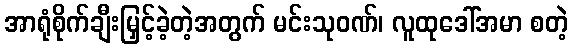
အာရုံစိုက်ချီးမြှင့်ခဲ့တဲ့အတွက် မင်းသုဝဏ်၊ လူထုဒေါ်အမာ စတဲ့